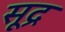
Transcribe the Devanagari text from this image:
सूद्र